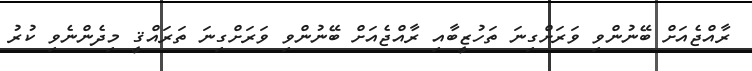
ރާއްޖެއަށް ބޭނުންވި ވަރަށްގިނަ ތަހުޒީބާއި ރާއްޖެއަށް ބޭނުންވި ވަރަށްގިނަ ތަރައްޤީ މިދެންނެވި ކުރު